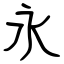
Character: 永